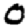
Digit: 0